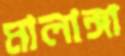
মালাঙ্গা